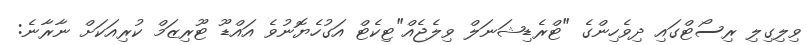
ވިލިގިލި ރިސޯޓްގައި ދިވެހިންގެ "ޓްރެޑިޝަނަލް ވިލެޖެއް"ޓިކެޓް އަގުހެޔޮނުވެ އައްޑޫ ޓޫރިޒަމް ކުރިއަކަށް ނާރާނެ: